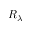
R _ { \lambda }